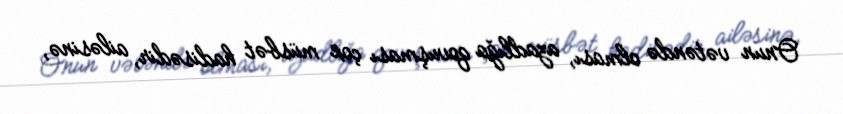
Onun vətəndə olması, azadlığa qovuşması çox müsbət hadisədir, ailəsinə,